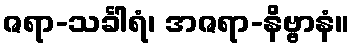
ဇရာ-သင်္ခါရံ၊ အဇရာ-နိဗ္ဗာနံ။